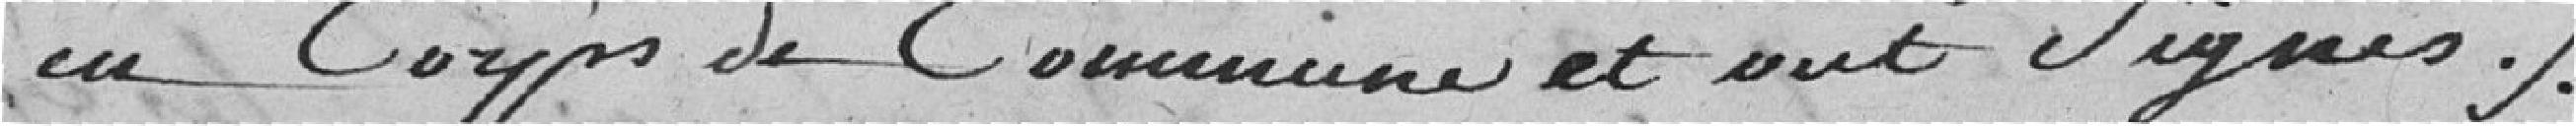
en coups de Commune et ont signés.